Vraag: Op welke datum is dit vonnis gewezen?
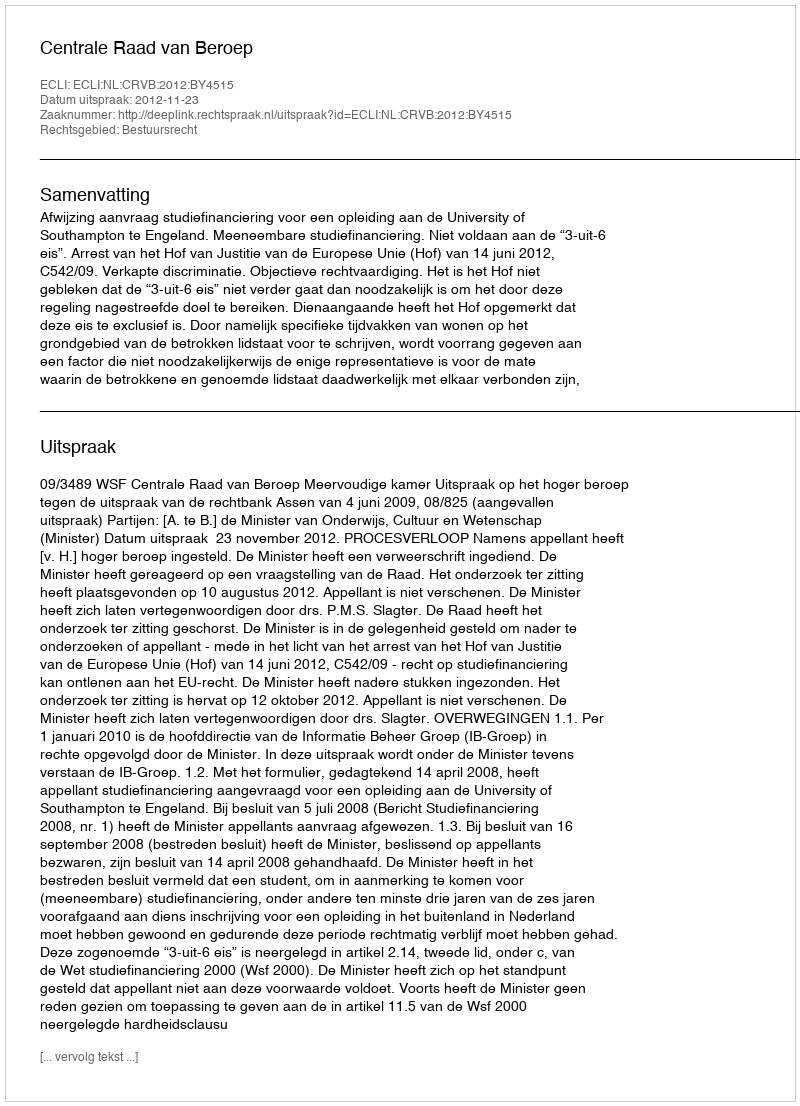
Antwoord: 2012-11-23